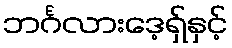
ဘင်္ဂလားဒေ့ရှ်နှင့်